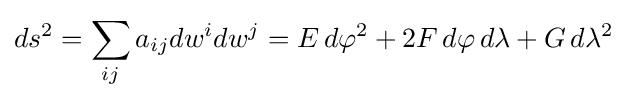
ds^{2}=\sum _{ij}a_{ij}dw^{i}dw^{j}=E\,d\varphi ^{2}+2F\,d\varphi \,d\lambda +G\,d\lambda ^{2}